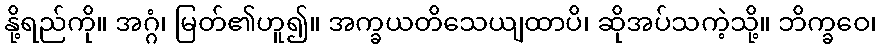
နို့ရည်ကို။ အဂ္ဂံ၊ မြတ်၏ဟူ၍။ အက္ခယတိသေယျထာပိ၊ ဆိုအပ်သကဲ့သို့။ ဘိက္ခဝေ၊